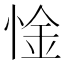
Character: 惍